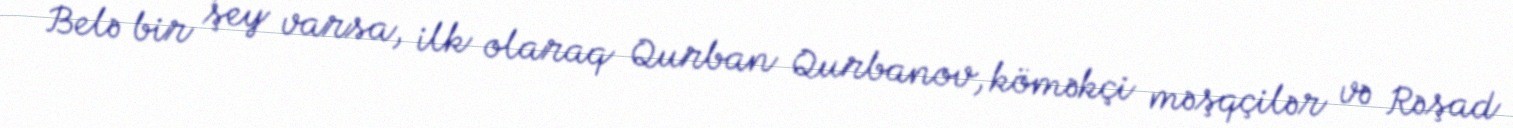
Belə bir şey varsa, ilk olaraq Qurban Qurbanov, köməkçi məşqçilər və Rəşad